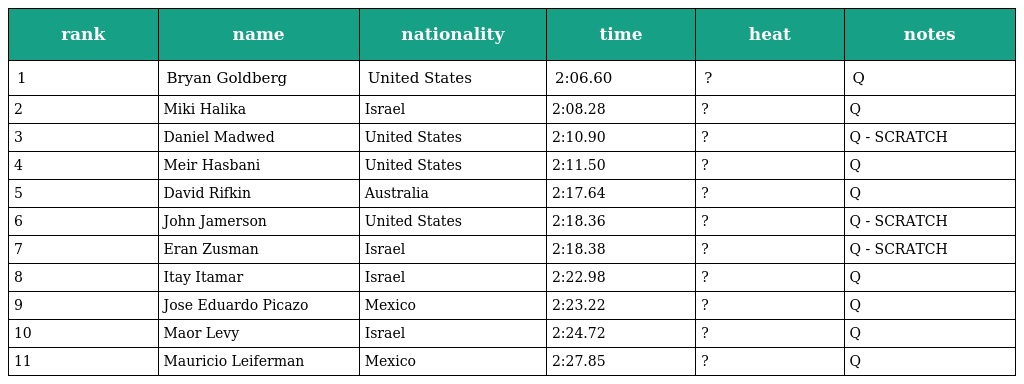
| rank | name | nationality | time | heat | notes |
 | --- | --- | --- | --- | --- | --- |
 | 1 | Bryan Goldberg | United States | 2:06.60 | ? | Q |
 | 2 | Miki Halika | Israel | 2:08.28 | ? | Q |
 | 3 | Daniel Madwed | United States | 2:10.90 | ? | Q - SCRATCH |
 | 4 | Meir Hasbani | United States | 2:11.50 | ? | Q |
 | 5 | David Rifkin | Australia | 2:17.64 | ? | Q |
 | 6 | John Jamerson | United States | 2:18.36 | ? | Q - SCRATCH |
 | 7 | Eran Zusman | Israel | 2:18.38 | ? | Q - SCRATCH |
 | 8 | Itay Itamar | Israel | 2:22.98 | ? | Q |
 | 9 | Jose Eduardo Picazo | Mexico | 2:23.22 | ? | Q |
 | 10 | Maor Levy | Israel | 2:24.72 | ? | Q |
 | 11 | Mauricio Leiferman | Mexico | 2:27.85 | ? | Q |